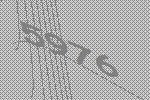
5976